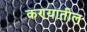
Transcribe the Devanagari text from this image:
कण्यातील